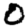
Digit: 0